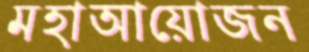
মহাআয়োজন